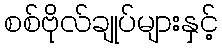
စစ်ဗိုလ်ချုပ်များနှင့်